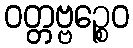
ဝတ္တဗ္ဗဉ္စေဝ